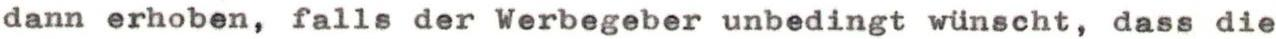
dann erhoben, falls der Werbegeber unbedingt wünscht, dass die